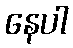
နေပါ